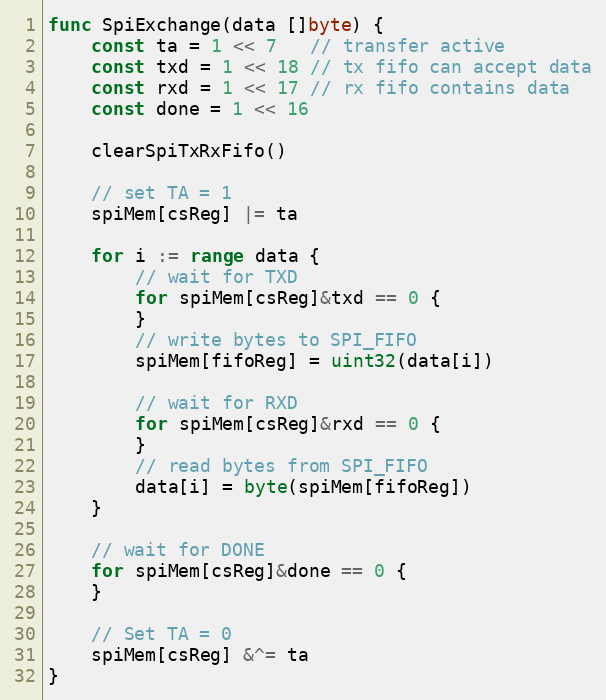
Language: Go
func SpiExchange(data []byte) {
	const ta = 1 << 7   // transfer active
	const txd = 1 << 18 // tx fifo can accept data
	const rxd = 1 << 17 // rx fifo contains data
	const done = 1 << 16

	clearSpiTxRxFifo()

	// set TA = 1
	spiMem[csReg] |= ta

	for i := range data {
		// wait for TXD
		for spiMem[csReg]&txd == 0 {
		}
		// write bytes to SPI_FIFO
		spiMem[fifoReg] = uint32(data[i])

		// wait for RXD
		for spiMem[csReg]&rxd == 0 {
		}
		// read bytes from SPI_FIFO
		data[i] = byte(spiMem[fifoReg])
	}

	// wait for DONE
	for spiMem[csReg]&done == 0 {
	}

	// Set TA = 0
	spiMem[csReg] &^= ta
}